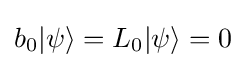
b_{0}|\psi \rangle =L_{0}|\psi \rangle =0